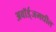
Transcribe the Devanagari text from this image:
अवॉर्ड्‌जमधील